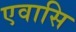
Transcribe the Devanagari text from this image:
एवासि